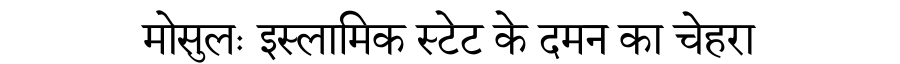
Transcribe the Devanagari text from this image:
मोसुलः इस्लामिक स्टेट के दमन का चेहरा